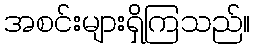
အစင်းများရှိကြသည်။